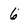
Character: 6